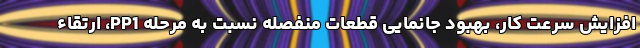
افزایش سرعت کار، بهبود جانمایی قطعات منفصله نسبت به مرحله PP1، ارتقاء